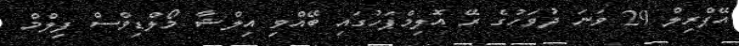
އޭޕްރިލް 29 ވަނަ ދުވަހުގެ ރޭ އޮލިމްޕަހުގައި ބޭއްވި އިލްޝާ މޯލްޑިވްސް ފިލްމް